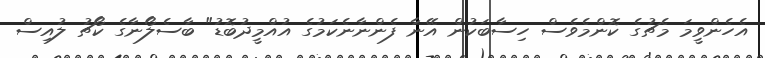
އެހެންވީމަ މެޗުގެ ކޮންމެވެސް ހިސާބަކުން އޭނާ ފެންނާނެކަމުގެ އުއްމީދުބޮޑު" ބާސެލޯނާގެ ކޯޗު ލުއިސް